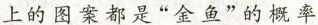
上的图案都是”金鱼”的概率